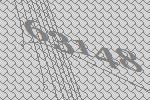
63148